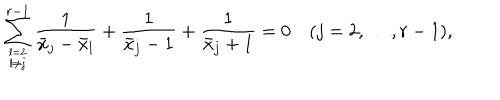
LaTeX: \sum _ { l = 2 \atop l \ne j } ^ { r - 1 } { \frac { 1 } { \bar { x } _ { j } - \bar { x } _ { l } } } + { \frac { 1 } { \bar { x } _ { j } - 1 } } + { \frac { 1 } { \bar { x } _ { j } + 1 } } = 0 \quad ( j = 2 , \ldots , r - 1 ) ,